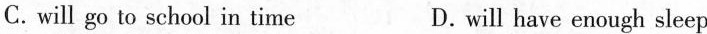
C.will go to school in time D.will have enough sleep